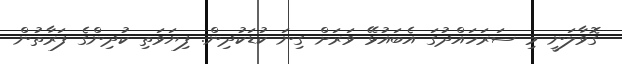
ގޮވާލަނީ މި ސަރަހައްދުގަ އެބައުޅޭ ވަރަށް ގިނަ ކުޑަކުދިން. ފިޔަވަތި ކުދިންގެ ފަރާތުން